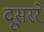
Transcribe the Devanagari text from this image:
दूसररे